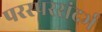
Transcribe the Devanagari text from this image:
परस्परसंदर्भ